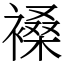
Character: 褬